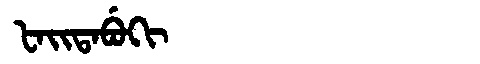
Manchu: ᡶᠠᡳᡨᠠᠪᡠᡴᡳ
Romanization: FAITABUKI